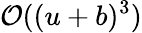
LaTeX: \mathcal{O}((u+b)^{3})